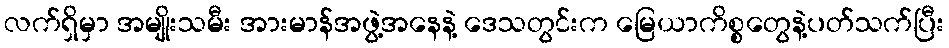
လက်ရှိမှာ အမျိုးသမီး အားမာန်အဖွဲ့အနေနဲ့ ဒေသတွင်းက မြေယာကိစ္စတွေနဲ့ပတ်သက်ပြီး